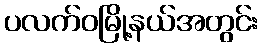
ပလက်ဝမြို့နယ်အတွင်း